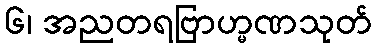
၆၊ အညတရဗြာဟ္မဏသုတ်